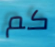
كم